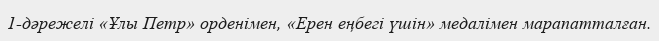
1-дәрежелі «Ұлы Петр» орденімен, «Ерен еңбегі үшін» медалімен марапатталған.